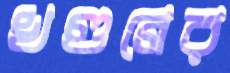
খণ্ডনের